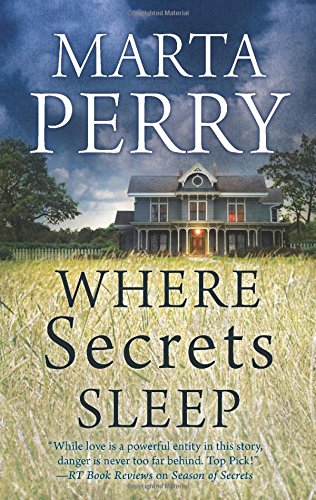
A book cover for Where Secrets Sleep; Marta Perry; Romance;